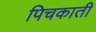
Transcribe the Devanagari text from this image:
पिचकाती